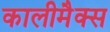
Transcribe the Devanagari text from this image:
कालीमैक्स